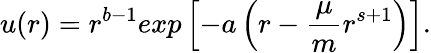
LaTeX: u(r)=r^{b-1}exp\left[-a\left(r-\frac{\mu}{m}r^{s+1}\right)\right].